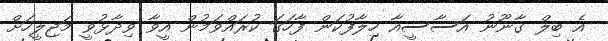
އެ ބިލް ގާނޫނު އަސާސީއާ ހިލާފުކަން ފާހަގަ ކުރައްވަމުން އީވާ ވިދާޅުވީ މަޖިލީހަށް